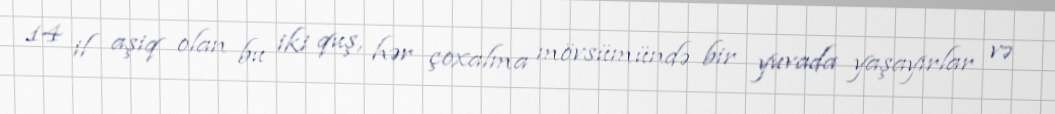
14 il aşiq olan bu iki quş, hər çoxalma mövsümündə bir yuvada yaşayırlar və